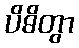
ပိဓိတွာ